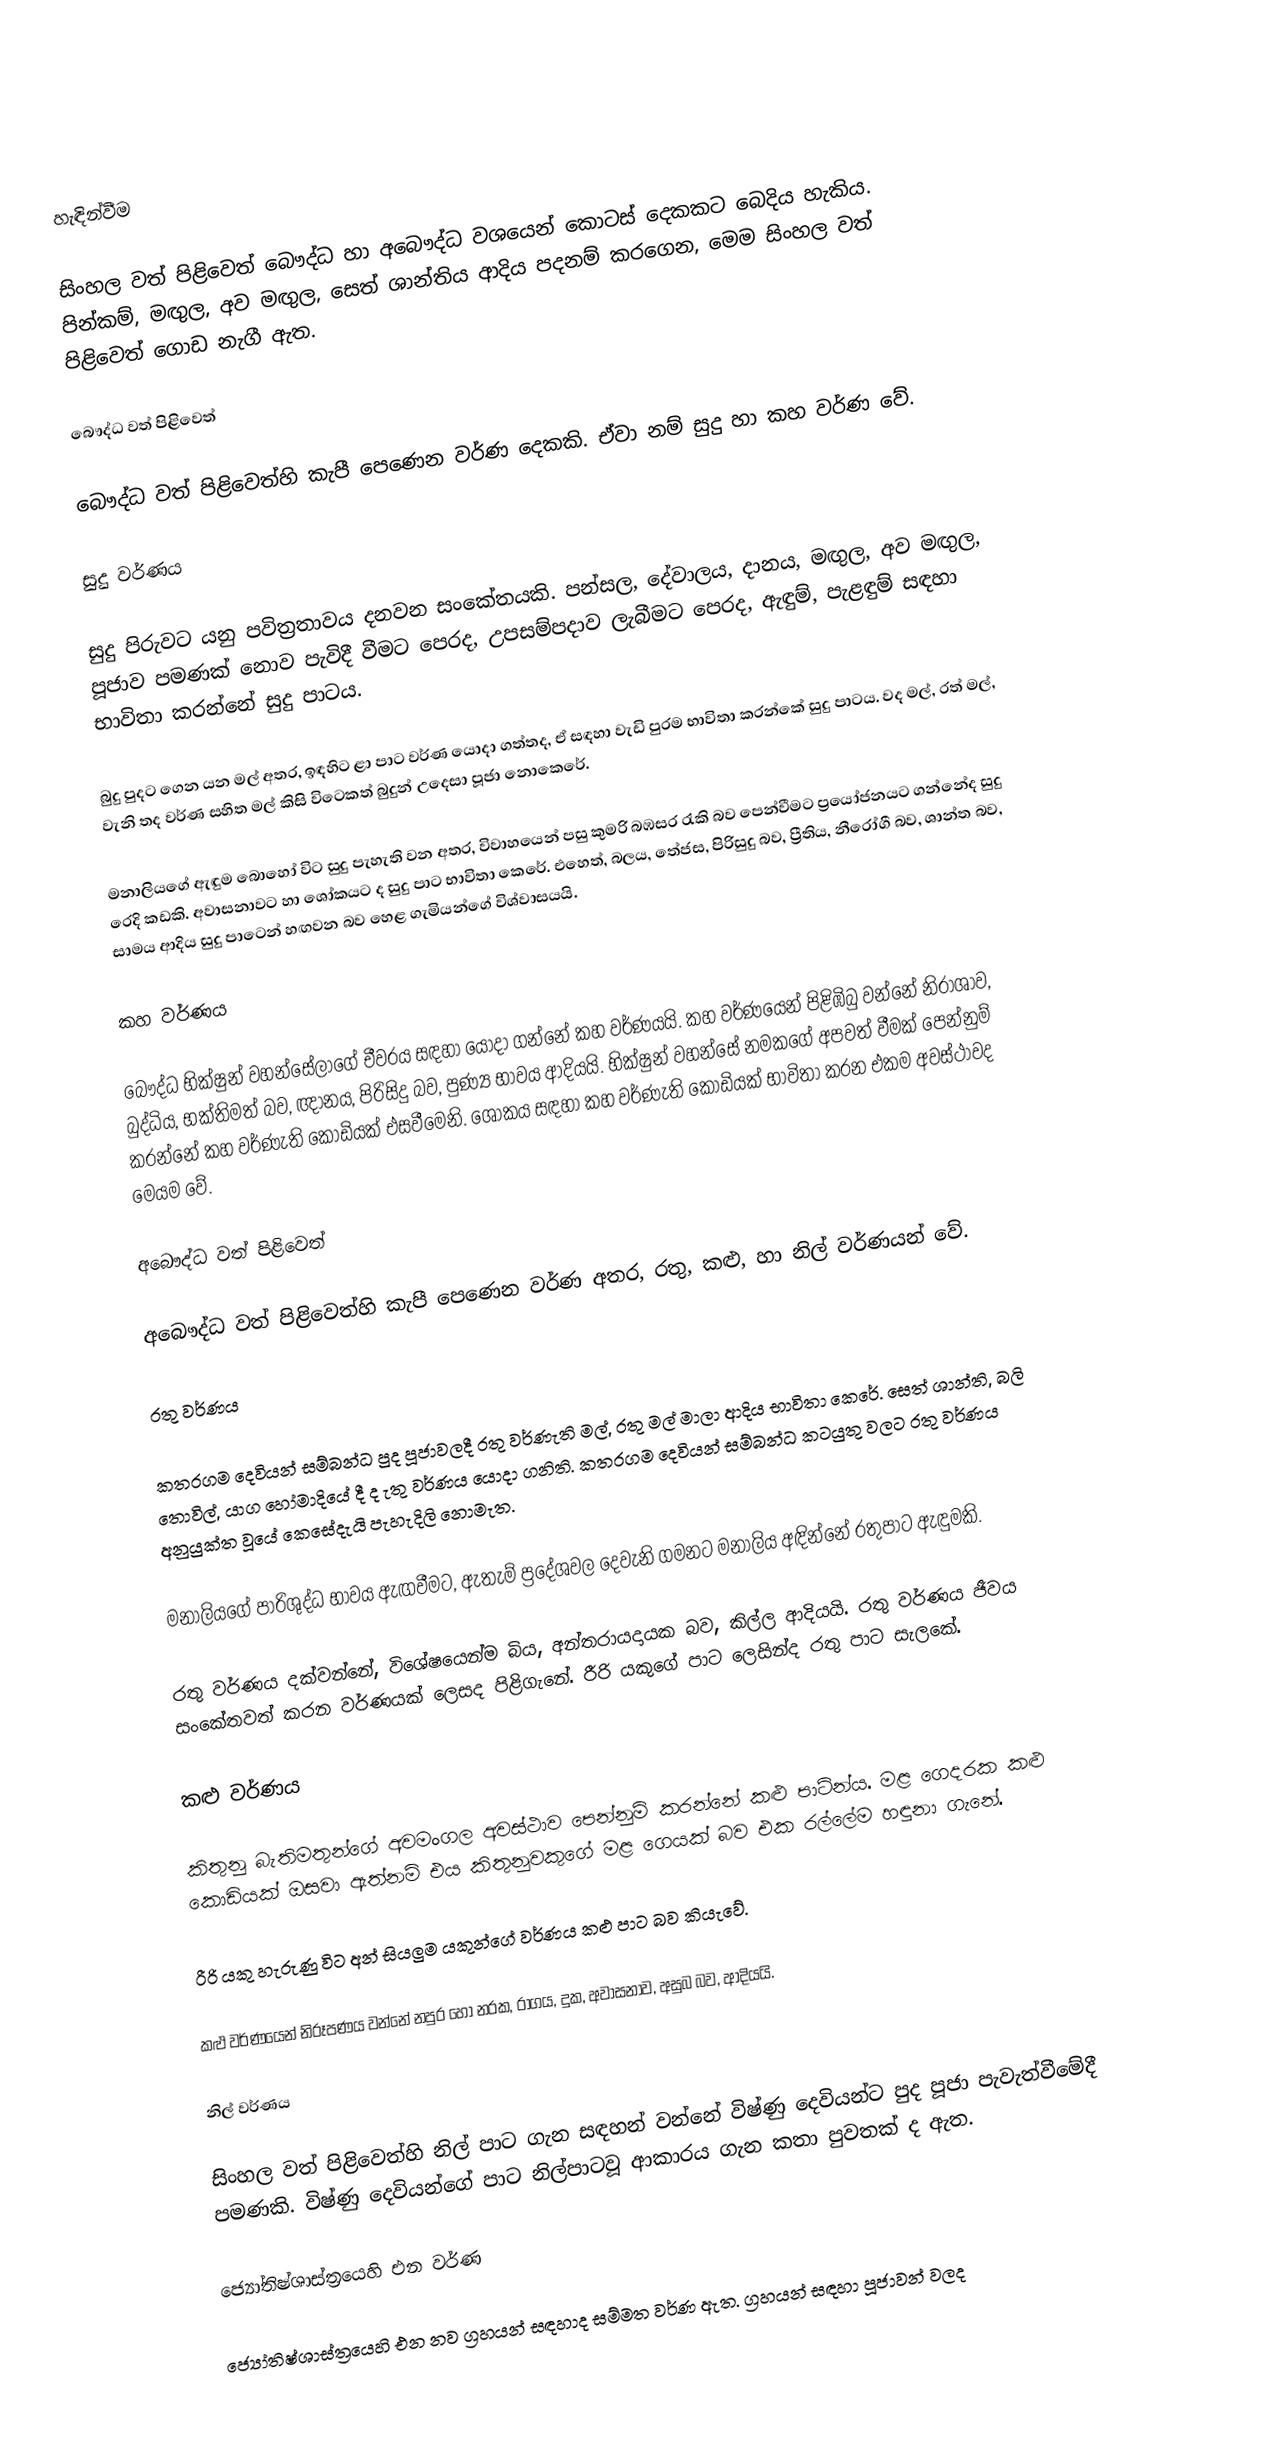

හැඳින්වීම

සිංහල වත් පිළිවෙත් බෞද්ධ හා අබෞද්ධ වශයෙන් කොටස් දෙකකට බෙදිය හැකිය. පින්කම්, මඟුල, අව මඟුල, සෙත් ශාන්තිය ආදිය පදනම් කරගෙන, මෙම සිංහල වත් පිළිවෙත් ගොඩ නැගී ඇත.

බෞද්ධ වත් පිළිවෙත්

බෞද්ධ වත් පිළිවෙත්හි කැපී පෙණෙන වර්ණ දෙකකි. ඒවා නම් සුදු හා කහ වර්ණ වේ.

සුදු වර්ණය

සුදු පිරුවට යනු පවිත්‍රතාවය දනවන සංකේතයකි. පන්සල, දේවාලය, දානය, මඟුල, අව මඟුල, පූජාව පමණක් නොව පැවිදී වීමට පෙරද, උපසම්පදාව ලැබීමට පෙරද,  ඇඳුම්, පැළඳුම් සඳහා භාවිතා කරන්නේ සුදු පාටය.

බුදු පුදට ගෙන යන මල් අතර, ඉඳහිට ළා පාට වර්ණ යොදා ගත්තද, ඒ සඳහා වැඩි පුරම භාවිතා කරන්කේ සුදු පාටය. වද මල්, රත් මල්, වැනි  තද වර්ණ සහිත මල් කිසි විටෙකත් බුදුන් උදෙසා පූජා නොකෙරේ.

මනාලියගේ ඇඳුම බොහෝ විට සුදු පැහැති වන අතර, විවාහයෙන් පසු කුමරි බඹසර රැකි බව පෙන්වීමට ප්‍රයෝජනයට ගන්නේද සුදු රෙදි කඩකි. අවාසනාවට හා ශෝකයට ද සුදු පාට භාවිතා කෙරේ. එහෙත්, බලය, තේජස, පිරිසුදු බව, ප්‍රීතිය, නීරෝගී බව, ශාන්ත බව, සාමය ආදිය සුදු පාටෙන් හඟවන බව හෙළ ගැමියන්ගේ විශ්වාසයයි.

කහ වර්ණය

බෞද්ධ භික්ෂුන් වහන්සේලාගේ චීවරය සඳහා යොදා ගන්නේ කහ වර්ණයයි. කහ වර්ණයෙන් පිළිඹිබු වන්නේ නිරාශාව, බුද්ධිය, භක්තිමත් බව, ඥානය, පිරිසිදු බව, පුණ්‍ය භාවය ආදියයි. භික්ෂුන් වහන්සේ නමකගේ අපවත් වීමක් පෙන්නුම් කරන්නේ කහ වර්ණැති කොඩියක් එසවීමෙනි. ශෝකය සඳහා කහ වර්ණැති කොඩියක් භාවිතා කරන එකම අවස්ථාවද මෙයම වේ.

අබෞද්ධ වත් පිළිවෙත්

අබෞද්ධ වත් පිළිවෙත්හි කැපී පෙණෙන වර්ණ අතර, රතු, කළු, හා නිල් වර්ණයන් වේ.

රතු වර්ණය

කතරගම දෙවියන් සම්බන්ධ පුද පූජාවලදී රතු වර්ණැති මල්, රතු මල් මාලා ආදිය භාවිතා කෙරේ. සෙත් ශාන්ති, බලි තොවිල්, යාග හෝමාදියේ දී ද ැතු වර්ණය යොදා ගනිති. කතරගම දෙවියන් සම්බන්ධ කටයුතු වලට රතු වර්ණය අනුයුක්ත වූයේ කෙසේදැයි පැහැදිලි නොමැත.

මනාලියගේ පාරිශුද්ධ භාවය ඇඟවීමට, ඇතැම් ප්‍රදේශවල දෙවැනි ගමනට මනාලිය අඳින්නේ රතුපාට ඇඳුමකි.

රතු වර්ණය දක්වන්නේ, විශේෂයෙන්ම  බිය, අන්තරායදායක බව, කිල්ල ආදියයි. රතු වර්ණය ජීවය සංකේතවත් කරන වර්ණයක් ලෙසද පිළිගැනේ. රීරි යකුගේ පාට ලෙසින්ද රතු පාට සැලකේ.

කළු වර්ණය

කිතුනු බැතිමතුන්ගේ අවමංගල අවස්ථාව පෙන්නුම් කරන්නේ කළු පාටින්ය. මළ ගෙදරක කළු කොඩියක් ඔසවා ඇත්නම් එය කිතුනුවකුගේ මළ ගෙයක් බව එක රල්ලේම හඳුනා ගැනේ.

රීරි යකු හැරුණු විට අන් සියලුම යකුන්ගේ වර්ණය කළු පාට බව කියැවේ.

කළු වර්ණයෙන් නිරූපණය වන්නේ නපුර හෝ නරක, රාගය, දුක, අවාසනාව, අසුබ බව, ආදියයි.

නිල් වර්ණය

සිංහල වත් පිළිවෙත්හි නිල් පාට ගැන සඳහන් වන්නේ විෂ්ණු දෙවියන්ට පුද පූජා පැවැත්වීමේදී පමණකි. විෂ්ණු දෙවියන්ගේ පාට නිල්පාටවූ ආකාරය ගැන කතා පුවතක් ද ඇත.

ජ්‍යෝතිෂ්ශාස්ත්‍රයෙහි එන වර්ණ

ජ්‍යෝතිෂ්ශාස්ත්‍රයෙහි එන නව ග්‍රහයන් සඳහාද සම්මත වර්ණ ඇත. ග්‍රහයන් සඳහා පූජාවන් වලද